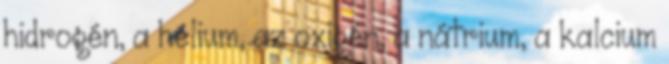
hidrogén, a hélium, az oxigén, a nátrium, a kalcium